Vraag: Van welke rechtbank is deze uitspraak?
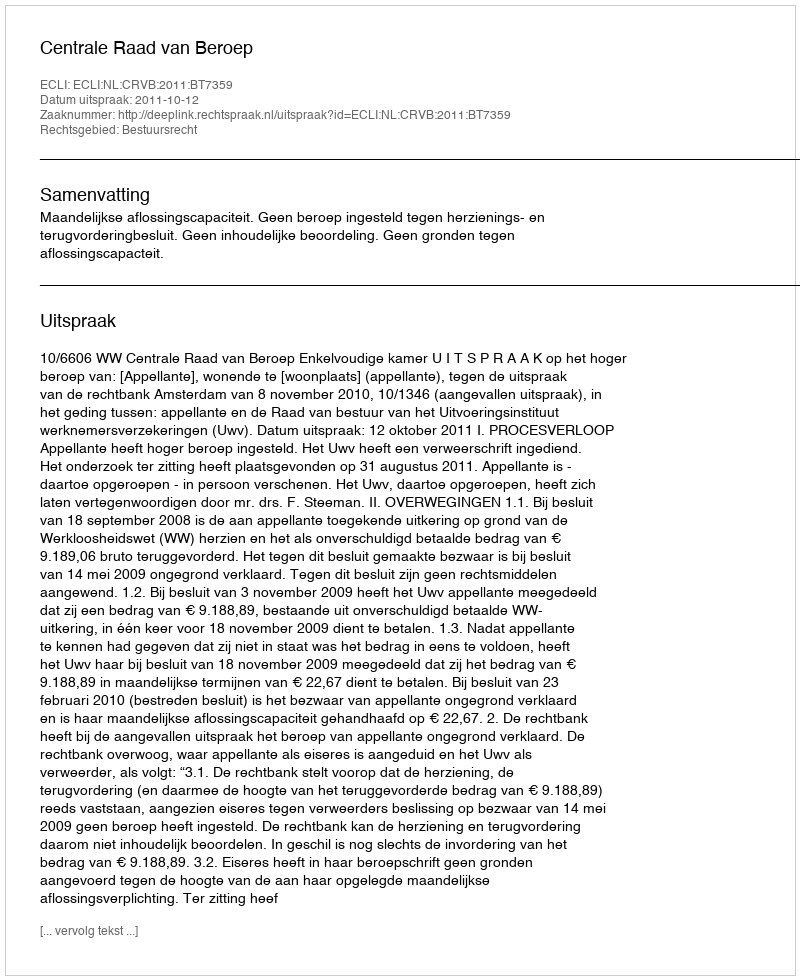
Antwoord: Centrale Raad van Beroep